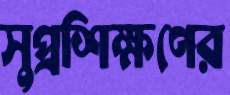
সুপ্রশিক্ষণের